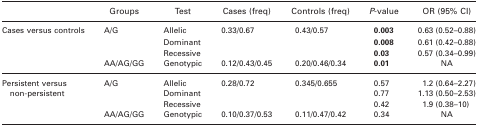
<table><thead><tr><td>[EMPTY_CELL]</td><td><b>Groups</b></td><td><b>Test</b></td><td><b>Cases (freq)</b></td><td><b>Controls (freq)</b></td><td><b><i>P</i>‐value</b></td><td><b>OR (95% CI)</b></td></tr></thead><tbody><tr><td rowspan="4">Cases versus controls</td><td rowspan="3">A/G</td><td>Allelic</td><td rowspan="3">0.33/0.67</td><td rowspan="3">0.43/0.57</td><td><b>0.003</b></td><td>0.63 (0.52–0.88)</td></tr><tr><td>Dominant</td><td><b>0.008</b></td><td>0.61 (0.42–0.88)</td></tr><tr><td>Recessive</td><td><b>0.03</b></td><td>0.57 (0.34–0.99)</td></tr><tr><td>AA/AG/GG</td><td>Genotypic</td><td>0.12/0.43/0.45</td><td>0.20/0.46/0.34</td><td><b>0.01</b></td><td>NA</td></tr><tr><td rowspan="4">Persistent versus non‐persistent</td><td rowspan="3">A/G</td><td>Allelic</td><td rowspan="3">0.28/0.72</td><td rowspan="3">0.345/0.655</td><td>0.57</td><td>1.2 (0.64–2.27)</td></tr><tr><td>Dominant</td><td>0.77</td><td>1.13 (0.50–2.53)</td></tr><tr><td>Recessive</td><td>0.42</td><td>1.9 (0.38–10)</td></tr><tr><td>AA/AG/GG</td><td>Genotypic</td><td>0.10/0.37/0.53</td><td>0.11/0.47/0.42</td><td>0.34</td><td>NA</td></tr></tbody></table>